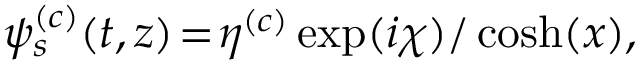
\begin{array} { r } { \psi _ { s } ^ { ( c ) } ( t , z ) \! = \! \eta ^ { ( c ) } \exp ( i \chi ) / \cosh ( x ) , } \end{array}